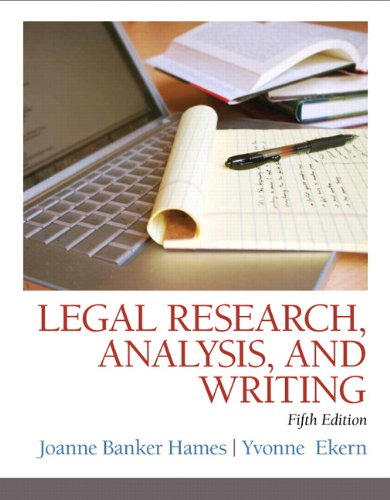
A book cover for Legal Research, Analysis, and Writing (5th Edition); Joanne B. Hames; Law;